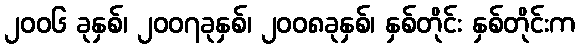
၂၀၀၆ ခုနှစ်၊ ၂၀၀၇ခုနှစ်၊ ၂၀၀၈ခုနှစ်၊ နှစ်တိုင်း နှစ်တိုင်းက